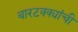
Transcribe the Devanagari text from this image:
बारटक्क्यांची